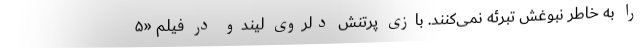
را به خاطر نبوغش تبرئه نمی‌کنند. بازی پرتنش دلروی لیندو در فیلم «۵